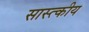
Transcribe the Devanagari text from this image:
सास्त्कीय